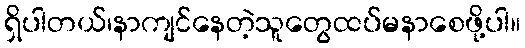
ရှိပါတယ်၊နာကျင်နေတဲ့သူတွေထပ်မနာစေဖို့ပါ။